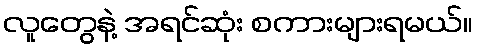
လူတွေနဲ့ အရင်ဆုံး စကားများရမယ်။